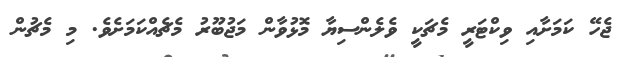
ޖެހޭ ކަމަށާއި ވިކްޓަރީ މެޗަކީ ވެލެންސިޔާ މޮޅުވާން މަޖުބޫރު މެޗެއްކަމަށެވެ. މި މެޗުން